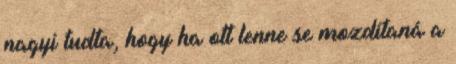
nagyi tudta, hogy ha ott lenne se mozdítaná a